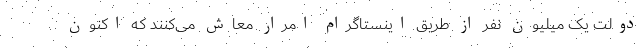
دولت یک میلیون نفر از طریق اینستاگرام امرار معاش می‌کنند که اکنون